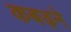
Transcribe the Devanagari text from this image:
कबढ़ने